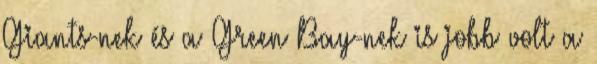
Giants-nek és a Green Bay-nek is jobb volt a